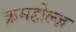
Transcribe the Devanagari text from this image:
क्रमहोल्ज़